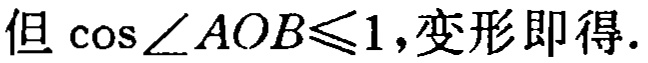
但\(\cos\angle AOB\leqslant1\)，变形即得.